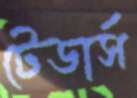
টেডার্স